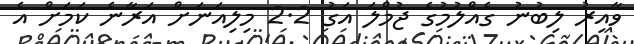
ވާއިރު ލިބުނު ގެއްލުމުގެ ޖުމްލަ އަގު 2.2 މިލިއަނަށް އަރާނެ ކަމަށް އެ